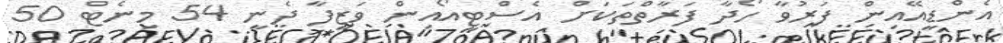
އެންޑީއޭއިން ފަރުވާ ހޯދާ ފަރާތްތަކަށް އެސްޓީއޯއިން ވަޒީފާ ދެނީ 54 މިނެޓް 50